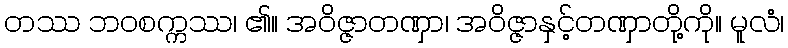
တဿ ဘဝစက္ကဿ၊ ၏။ အဝိဇ္ဇာတဏှာ၊ အဝိဇ္ဇာနှင့်တဏှာတို့ကို။ မူလံ၊